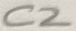
Text: C2